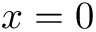
x = 0